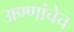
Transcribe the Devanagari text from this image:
अण्णांचेच